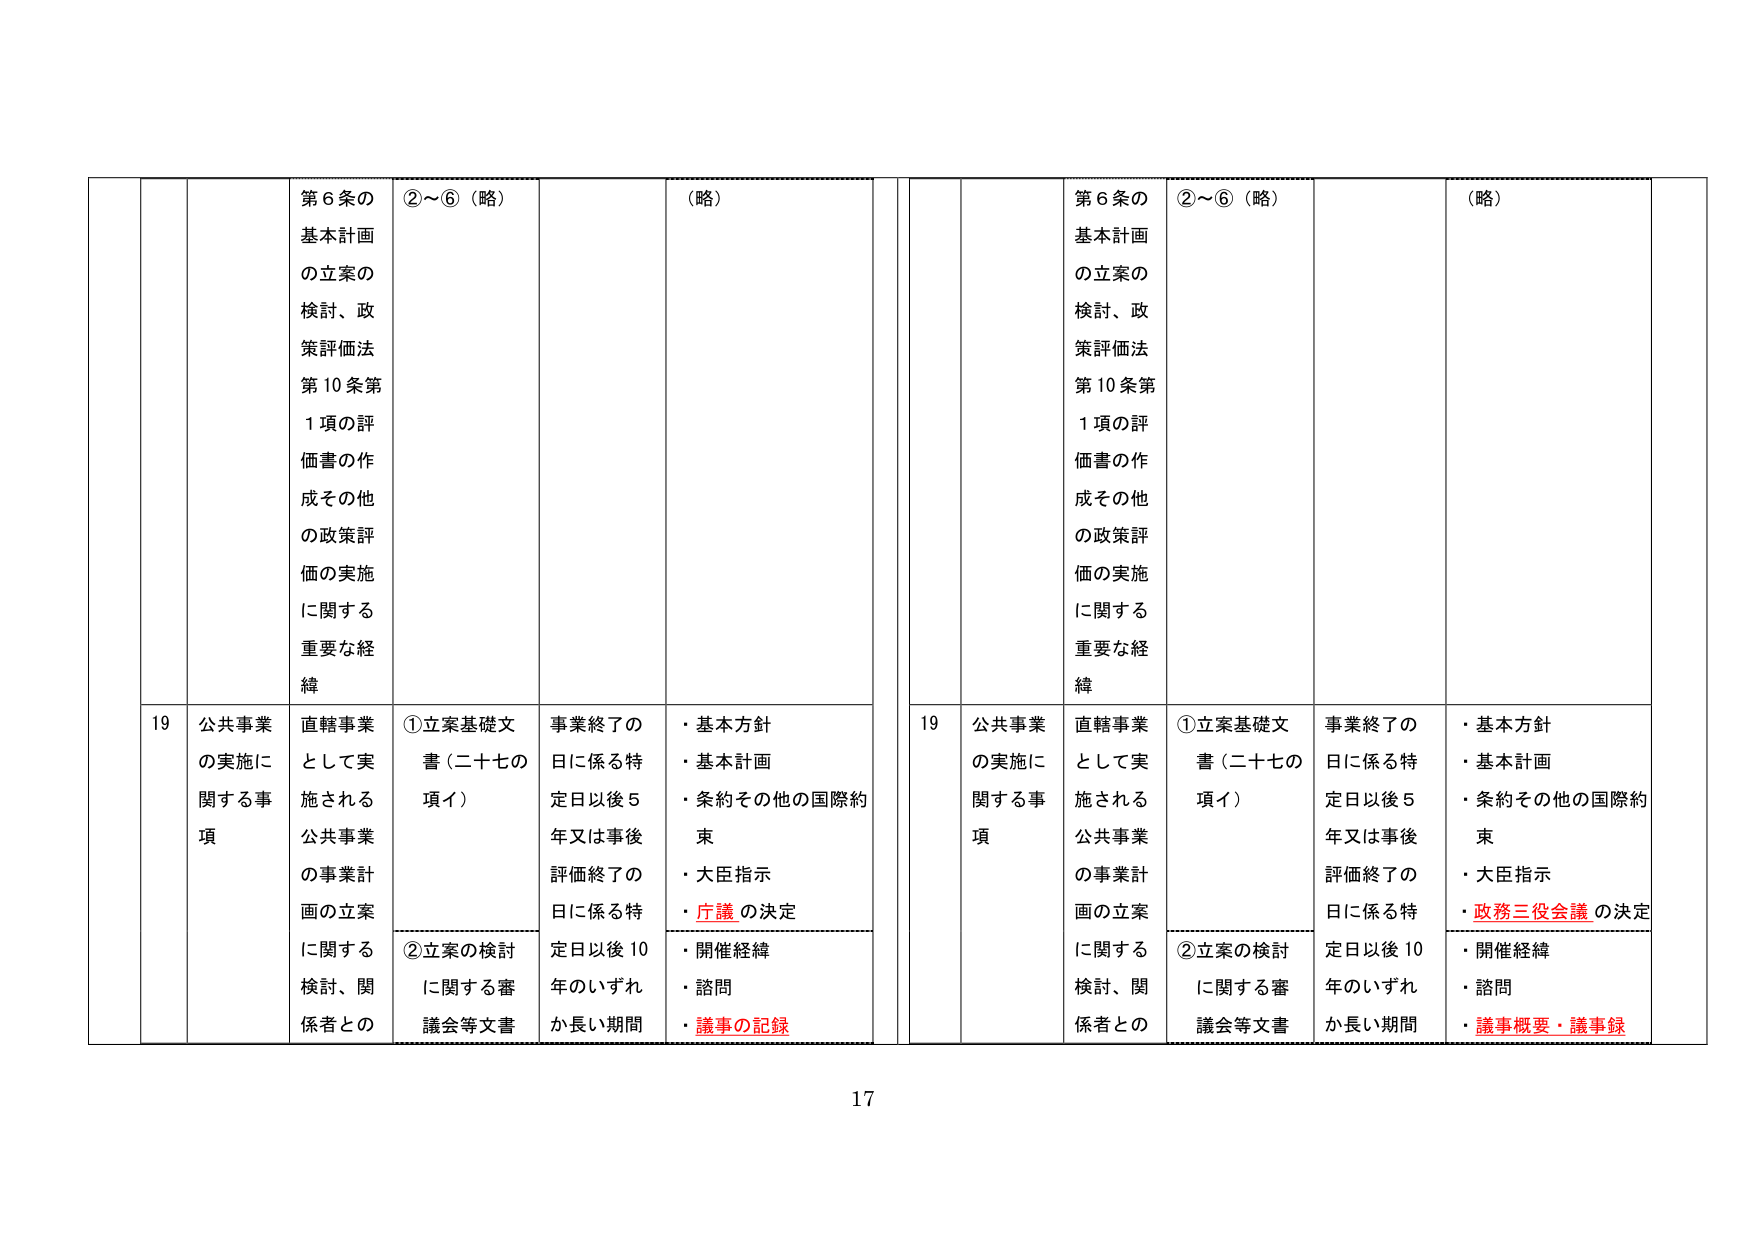
第６条の
基本計画
の立案の
検討、政
策評価法
第10条第
１項の評
価書の作
成その他
の政策評
価の実施
に関する
重要な経
緯

②～⑥（略）

（略）

第６条の
基本計画
の立案の
検討、政
策評価法
第10条第
１項の評
価書の作
成その他
の政策評
価の実施
に関する
重要な経
緯

②～⑥（略）

（略）

19
公共事業
の実施に
関する事
項

直轄事業
として実
施される
公共事業
の事業計
画の立案
に関する
検討、関
係者との

①立案基礎文
書（二十七の
項イ）

②立案の検討
に関する審
議会等文書

事業終了の
日に係る特
定日以後５
年又は事後
評価終了の
日に係る特
定日以後10
年のいずれ
か長い期間

・基本方針
・基本計画
・条約その他の国際約
束
・大臣指示
・庁議の決定
・開催経緯
・諮問
・議事の記録

19
公共事業
の実施に
関する事
項

直轄事業
として実
施される
公共事業
の事業計
画の立案
に関する
検討、関
係者との

①立案基礎文
書（二十七の
項イ）

②立案の検討
に関する審
議会等文書

事業終了の
日に係る特
定日以後５
年又は事後
評価終了の
日に係る特
定日以後10
年のいずれ
か長い期間

・基本方針
・基本計画
・条約その他の国際約
束
・大臣指示
・政務三役会議の決定
・開催経緯
・諮問
・議事概要・議事録

17